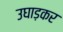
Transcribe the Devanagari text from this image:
उघाड़कर